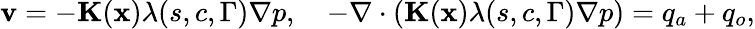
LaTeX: {\mathbf v}=-{\mathbf K}({\mathbf x})\lambda(s,c,\Gamma){\mathbf\nabla}p,\quad-{\mathbf\nabla}\cdot\left({\mathbf K}({\mathbf x})\lambda(s,c,\Gamma){\mathbf\nabla}p\right)=q_{a}+q_{o},